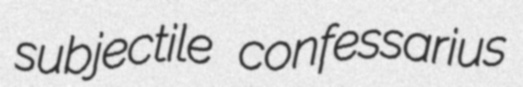
subjectile confessarius